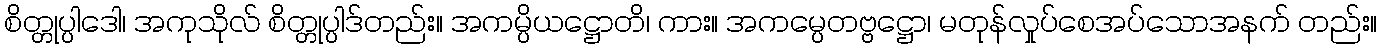
စိတ္တုပ္ပါဒေါ၊ အကုသိုလ် စိတ္တုပ္ပါဒ်တည်း။ အကမ္ပိယဋ္ဌောတိ၊ ကား။ အကမ္ပေတဗ္ဗဋ္ဌော၊ မတုန်လှုပ်စေအပ်သောအနက် တည်း။